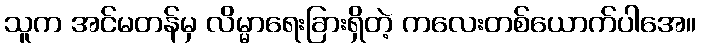
သူက အင်မတန်မှ လိမ္မာရေးခြားရှိတဲ့ ကလေးတစ်ယောက်ပါအေ။